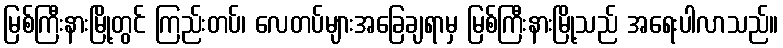
မြစ်ကြီးနားမြို့တွင် ကြည်းတပ်၊ လေတပ်များအခြေချရာမှ မြစ်ကြီးနားမြို့သည် အရေးပါလာသည်။